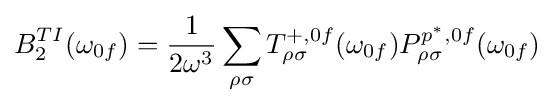
B_{2}^{TI}(\omega _{0f})={\frac {1}{2\omega ^{3}}}\sum _{\rho \sigma }T_{\rho \sigma }^{+,0f}(\omega _{0f})P_{\rho \sigma }^{p^{*},0f}(\omega _{0f})